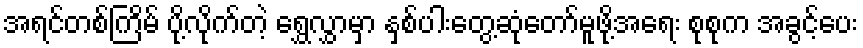
အရင်တစ်ကြိမ် ပို့လိုက်တဲ့ ရွှေလွှာမှာ နှစ်ပါးတွေ့ဆုံတော်မူဖို့အရေး စုစုက အခွင့်ပေး